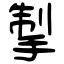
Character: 掣